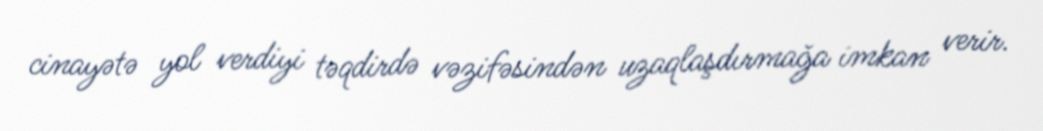
cinayətə yol verdiyi təqdirdə vəzifəsindən uzaqlaşdırmağa imkan verir.